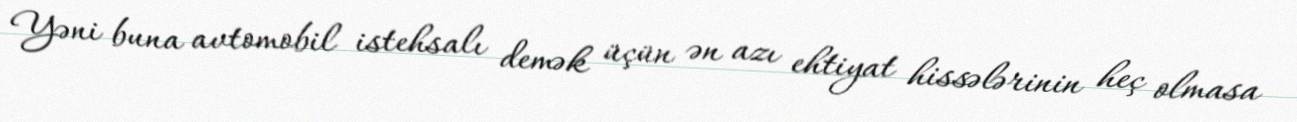
Yəni buna avtomobil istehsalı demək üçün ən azı ehtiyat hissələrinin heç olmasa